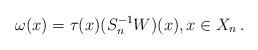
LaTeX: \begin{align*}\omega(x)=\tau(x)(S_{n}^{-1}W)(x),x\in X_n \, .\end{align*}